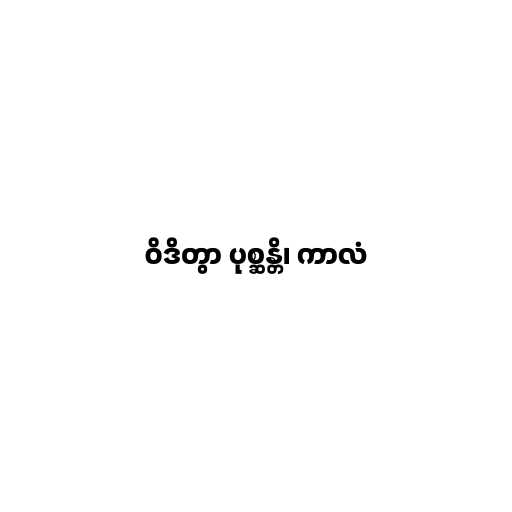
ဝိဒိတွာ ပုစ္ဆန္တိ၊ ကာလံ